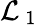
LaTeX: \mathcal{L}_{\mathrm{~1~}}